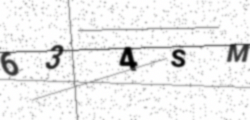
Text: 634SM